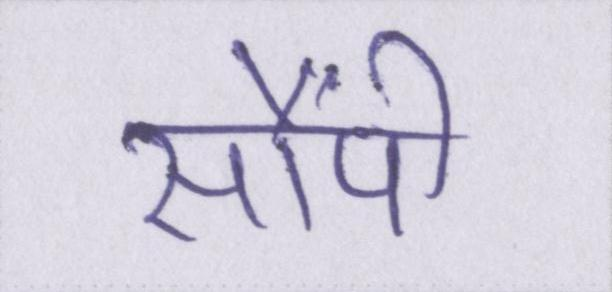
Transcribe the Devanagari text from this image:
सौंपी